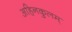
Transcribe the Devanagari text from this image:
अहिनकुलम्